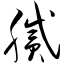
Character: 腻